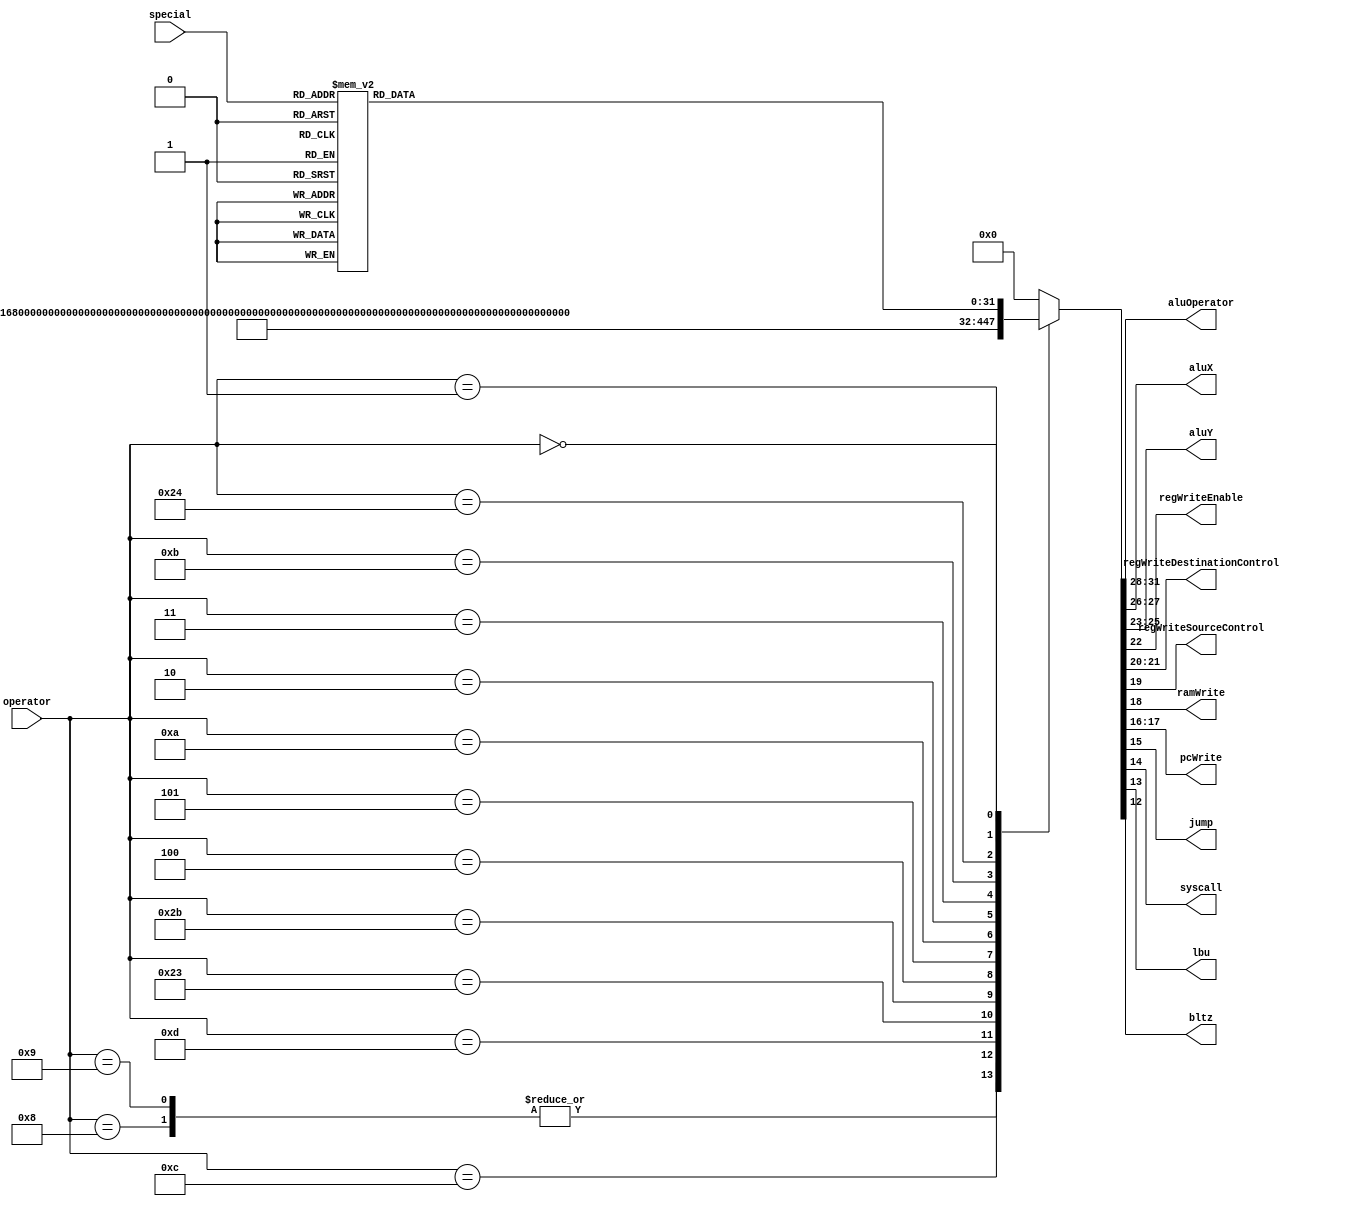
`timescale 10ns / 1ns
//////////////////////////////////////////////////////////////////////////////////
// Company: HUST
//
// Design Name:
// Module Name: controller
// Project Name:
// Target Devices:
// Tool Versions:
// Description:
//
// Dependencies:
//
// Revision:
// Revision 0.01 - File Created
// Additional Comments:
//
//////////////////////////////////////////////////////////////////////////////////

// @brief CPU controller

module Controller(
        input wire[5: 0] operator,
        input wire[5: 0] special,
        output wire[3: 0] aluOperator,
        output wire[1: 0] aluX,
        output wire[2: 0] aluY,
        output wire regWriteEnable,
        output wire[1: 0] regWriteDestinationControl,
        output wire regWriteSourceControl,
        output wire ramWrite,
        output wire[1: 0] pcWrite,
        output wire jump,
        output wire syscall,
        output wire lbu,
        output wire bltz
    );

    reg[31: 0] result = 0;
    //  result layout
    //   aluOperator aluX aluY rWE rWD rWS ramWrite pcWrite jump syscall RESERVE
    //  |           |    |    |   |   |   |        |       |    |       |       |
    // 31          28   26   23  22  20  19       18      16   15      14       0
    // first bit of RESERVE is lbu
    // second bit of RESERVE is bltz

    assign aluOperator = result[31: 28];
    assign aluX = result[27: 26];
    assign aluY = result[25: 23];
    assign regWriteEnable = result[22];
    assign regWriteDestinationControl = result[21: 20];
    assign regWriteSourceControl = result[19];
    assign ramWrite = result[18];
    assign pcWrite = result[17: 16];
    assign jump = result[15];
    assign syscall = result[14];
    assign lbu = result[13];
    assign bltz = result[12];

    always @ (operator, special) begin
        case (operator)
            6'b001000: result = 32'b0101_00_010_1_10_1_0_00_0_0_00000000000000;
            6'b001001: result = 32'b0101_00_010_1_10_1_0_00_0_0_00000000000000;
            6'b001100: result = 32'b0111_00_010_1_10_1_0_00_0_0_00000000000000;
            6'b001101: result = 32'b1000_00_010_1_10_1_0_00_0_0_00000000000000;
            6'b100011: result = 32'b0101_00_010_1_10_0_0_00_0_0_00000000000000;
            6'b101011: result = 32'b0101_00_010_0_10_1_1_00_0_0_00000000000000;
            6'b000100: result = 32'b1110_00_000_0_10_1_0_10_0_0_00000000000000;
            6'b000101: result = 32'b1110_00_000_0_10_1_0_11_0_0_00000000000000;
            6'b001010: result = 32'b1011_00_010_1_10_1_0_00_0_0_00000000000000;
            6'b000010: result = 32'b0000_00_000_0_10_1_0_00_1_0_00000000000000;
            6'b000011: result = 32'b0101_10_011_1_11_1_0_00_1_0_00000000000000;
            // sltiu (HuSixu's ccmb)
            6'b001011: result = 32'b1100_00_010_1_10_1_0_00_0_0_00000000000000;
            // lbu (HuSixu's ccmb)
            6'b100100: result = 32'b0101_00_010_1_10_0_0_00_0_0_10000000000000;
            // bltz (HuSixu's ccmb)
            6'b000001: result = 32'b1011_00_000_0_10_1_0_00_0_0_01000000000000;
            6'b000000: begin
                case (special)
                    6'b100000: result = 32'b0101_00_000_1_00_1_0_00_0_0_00000000000000;
                    6'b100001: result = 32'b0101_00_000_1_00_1_0_00_0_0_00000000000000;
                    6'b100100: result = 32'b0111_00_000_1_00_1_0_00_0_0_00000000000000;
                    6'b000000: result = 32'b0000_01_001_1_00_1_0_00_0_0_00000000000000;
                    6'b000011: result = 32'b0001_01_001_1_00_1_0_00_0_0_00000000000000;
                    6'b000010: result = 32'b0010_01_001_1_00_1_0_00_0_0_00000000000000;
                    6'b100010: result = 32'b0110_00_000_1_00_1_0_00_0_0_00000000000000;
                    6'b100101: result = 32'b1000_00_000_1_00_1_0_00_0_0_00000000000000;
                    6'b100111: result = 32'b1010_00_000_1_00_1_0_00_0_0_00000000000000;
                    6'b101010: result = 32'b1011_00_000_1_00_1_0_00_0_0_00000000000000;
                    6'b101011: result = 32'b1100_00_000_1_00_1_0_00_0_0_00000000000000;
                    6'b001000: result = 32'b0000_00_000_0_00_1_0_01_0_0_00000000000000;
                    6'b001100: result = 32'b0000_00_000_0_00_1_0_00_0_1_00000000000000;
                    // srlv (HuSixu's ccmb)
                    6'b000110: result = 32'b0010_01_100_1_00_1_0_00_0_0_00000000000000;
                    default: result = 32'h0;
                endcase
            end
            default: result = 32'h0;
        endcase
    end
endmodule